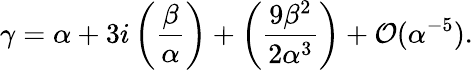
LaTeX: \gamma=\alpha+3i\left(\frac{\beta}{\alpha}\right)+\left(\frac{9\beta^{2}}{2\alpha^{3}}\right)+\mathcal O(\alpha^{-5}).